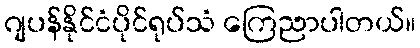
ဂျပန်နိုင်ငံပိုင်ရုပ်သံ ကြေညာပါတယ်။